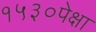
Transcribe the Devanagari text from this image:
१५३०पेक्षा